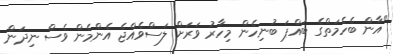
"އާން ބެހެމަތްގެ ބައްޕަ ބުނިހެން މިހާރު ވަރަށް ލަސްވެއްޖެ އެންމެން ވެސް ނިދަން